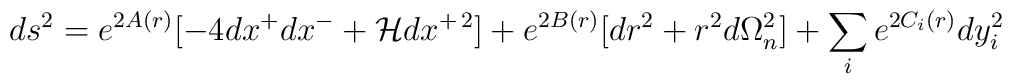
ds^2=e^{2A(r)}[-4dx^+dx^-+{\cal H}dx^{+\,2}]+e^{2B(r)}[dr^2+r^2d\Omega_n^2]+\sum_i e^{2C_i(r)}dy_i^2